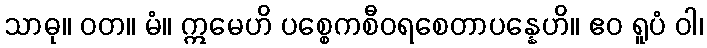
သာဓု။ ဝတ။ မံ။ ဣမေဟိ ပစ္စေကစီဝရစေတာပန္နေဟိ။ ဧဝ ရူပံ ဝါ၊